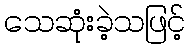
သေဆုံးခဲ့သဖြင့်